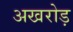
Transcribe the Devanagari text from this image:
अखरोड़